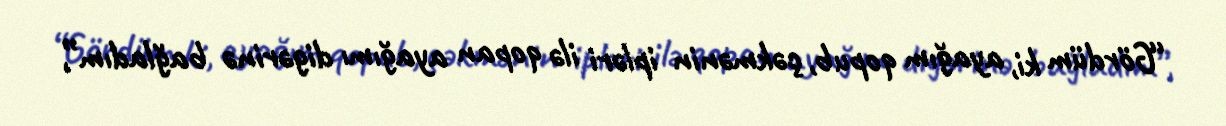
“Gördüm ki, ayağım qopub, çəkmənin ipləri ilə qopan ayağımı digərinə bağladım”,